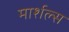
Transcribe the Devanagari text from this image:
मार्शल्स